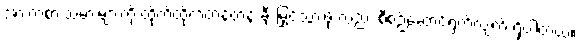
အားကစားသမားများကို ထိုက်ထိုက်တန်တန် ချီးမြှင့်သွားဖို့ လည်း စီစဉ်ဆောင်ရွက်လျက် ရှိပါတယ်။